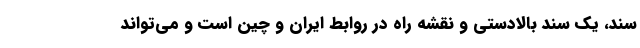
سند، یک سند بالادستی و نقشه راه در روابط ایران و چین است و می‌تواند